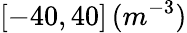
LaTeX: [-40,40]\, (m^{-3})